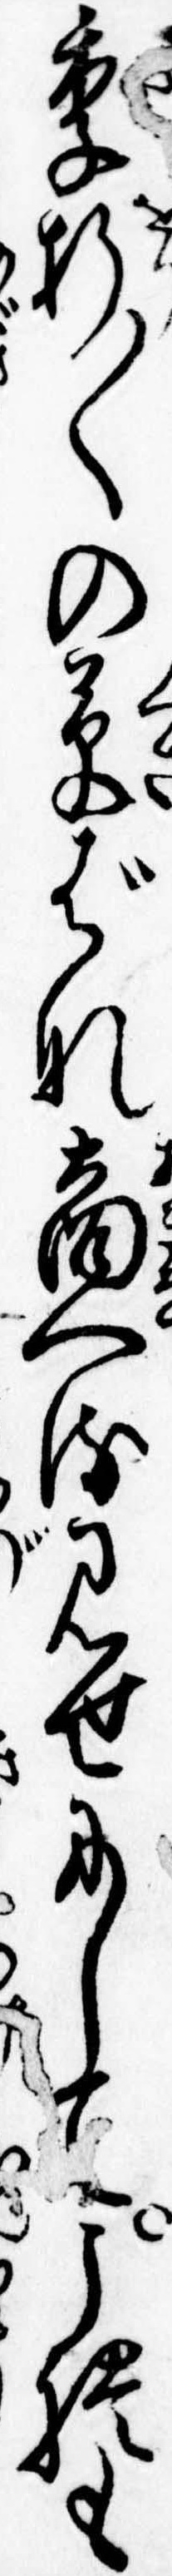
季折〱の草ばな商へる見世にしてこれも